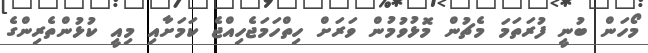
މޯހަން ބުނީ ފުރަތަމަ މެޗުން މޮޅުވުމުން ވަރަށް ހިތްހަމަޖެހިއްޖެ ކަމަށާއި މިއީ ކުޅުންތެރިންގެ